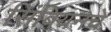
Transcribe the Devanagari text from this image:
सिंबियनचे